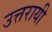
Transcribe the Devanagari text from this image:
उत्तरायी